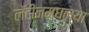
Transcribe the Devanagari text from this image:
लॅटीनमधल्या